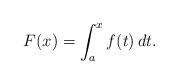
LaTeX: \begin{align*} F(x)=\int^x_af(t)\, dt.\end{align*}